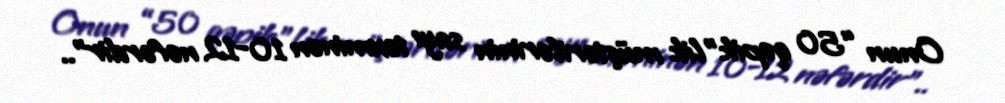
Onun “50 qəpik”lik müştərilərinin sayı təxminən 10-12 nəfərdir"..